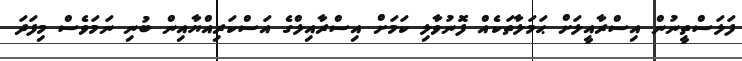
ފަލަސްތީނުން އިސްރާއީލަށް ޙަމަލާތަކެއް ފޮނުވާލި ކަމަށް އިސްރާއިލްގެ އަސްކަރިއްޔާއިން ބުނި ނަމަވެސް މިފަދަ